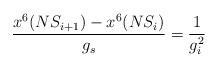
\begin{align*}\frac{x^6(NS_{i+1})-x^6(NS_i)}{g_s}=\frac{1}{g_i^2}\end{align*}